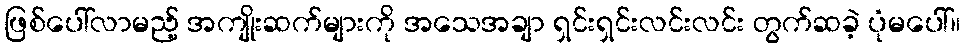
ဖြစ်ပေါ်လာမည့် အကျိုးဆက်များကို အသေအချာ ရှင်းရှင်းလင်းလင်း တွက်ဆခဲ့ ပုံမပေါ်။